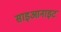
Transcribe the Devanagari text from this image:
साइआनाइट